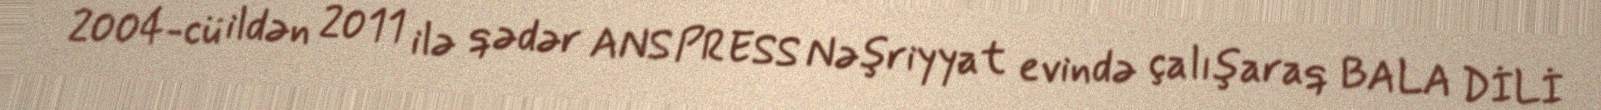
2004-cü ildən 2011 ilə qədər ANS PRESS Nəşriyyat evində çalışaraq BALA DİLİ